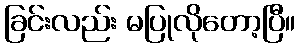
ခြင်းလည်း မပြုလိုတော့ပြီ။